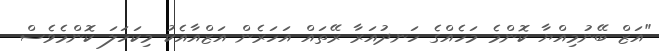
"އަޒް ބޭނުމިއްޔާ ކޮންމެ މަހެއްގެ ހަނދުއަރާ ރޭތައް އަހަރެން އަޒްއާއެކު މިކަހަލަ ކޮންމެވެސް